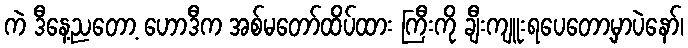
ကဲ ဒီနေ့ညတော့ ဟောဒီက အစ်မတော်ထိပ်ထား ကြီးကို ချီးကျူးရပေတော့မှာပဲနော်၊